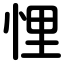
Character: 悝